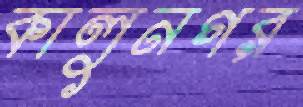
কালুনগর